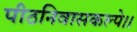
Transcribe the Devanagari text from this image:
पीठनिवासकल्पे।।